Anatomy and histology of ticks - Number 23
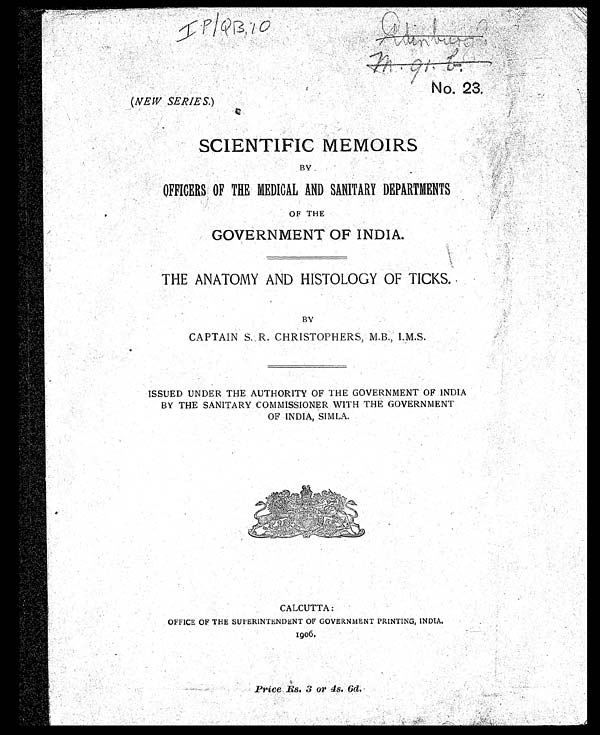
IP/QB, 10
No. 23.
( NEW SERIES. )
SCIENTIFIC MEMOIRS
BY
OFFICERS OF THE MEDICAL AND SANITARY DEPARTMENTS
OF THE
GOVERNMENT OF INDIA.
THE ANATOMY AND HISTOLOGY OF TICKS.
BY
CAPTAIN S. R. CHRISTOPHERS, M.B., I.M.S.
ISSUED UNDER THE. AUTHORITY OF THE GOVERNMENT OF INDIA
BY THE SANITARY COMMISSIONER WITH THE GOVERNMENT
OF INDIA, SIMLA.
CALCUTTA:
OFFICE OF THE SUPERINTENDENT OF GOVERNMENT PRINTING, INDIA.
1906.
Price Rs. 3 or 4s. 6d.